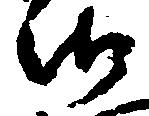
御